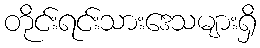
တိုင်းရင်းသားဒေသများရှိ